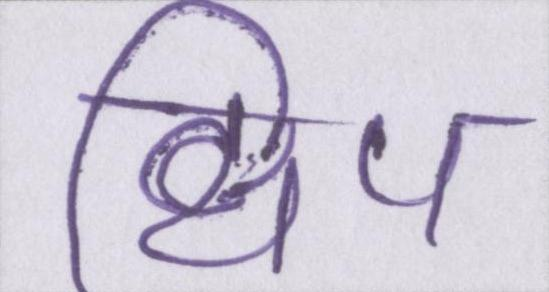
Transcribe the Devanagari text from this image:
क्षिप